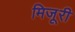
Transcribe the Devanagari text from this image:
मिजूरी